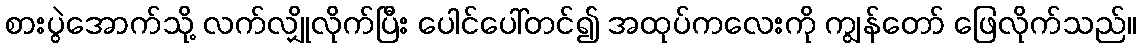
စားပွဲအောက်သို့ လက်လျှိုလိုက်ပြီး ပေါင်ပေါ်တင်၍ အထုပ်ကလေးကို ကျွန်တော် ဖြေလိုက်သည်။